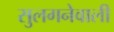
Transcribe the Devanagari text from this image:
सुलगनेवाली